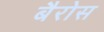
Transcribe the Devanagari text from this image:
बैरोस